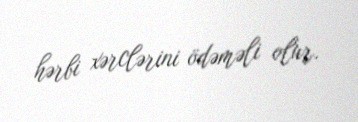
hərbi xərclərini ödəməli olur.